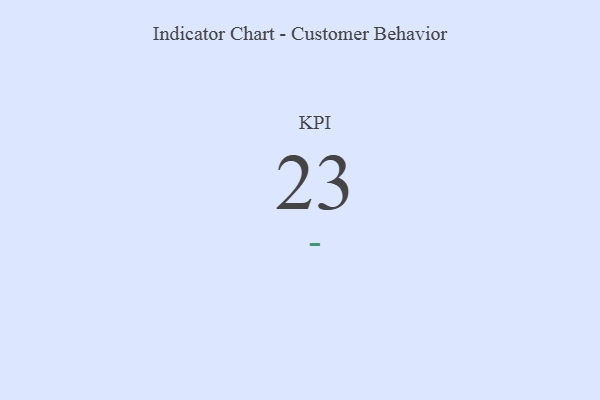
{"axis": {"x": "KPI", "y": "Value"}, "legend": [""], "data": [{"x": "KPI", "y": 23, "type": ""}]}